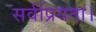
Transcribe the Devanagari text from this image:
सर्वप्रियता।